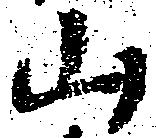
山